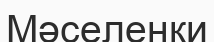
Мәселенки